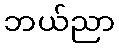
ဘယ်ညာ